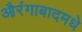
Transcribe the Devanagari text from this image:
औरंगाबादमधे